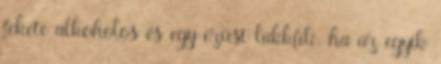
fekete alkoholos és egy ezüst lakkfilc. ha az egyik